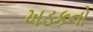
ખડકનો